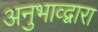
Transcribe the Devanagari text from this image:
अनुभाव्द्वारा